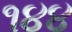
૧૪૪